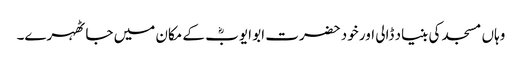
وہاں مسجد کی بنیاد ڈالی اور خود حضرت ابو ایوبؓ کے مکان میں جا ٹھہرے۔